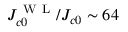
J _ { c 0 } ^ { \mathrm { ~ W ~ L ~ } } / J _ { c 0 } \sim 6 4 \